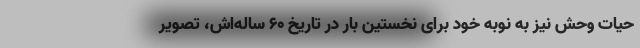
حیات وحش نیز به نوبه خود برای نخستین بار در تاریخ ۶۰ ساله‌اش، تصویر